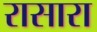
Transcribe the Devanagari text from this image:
रासारा